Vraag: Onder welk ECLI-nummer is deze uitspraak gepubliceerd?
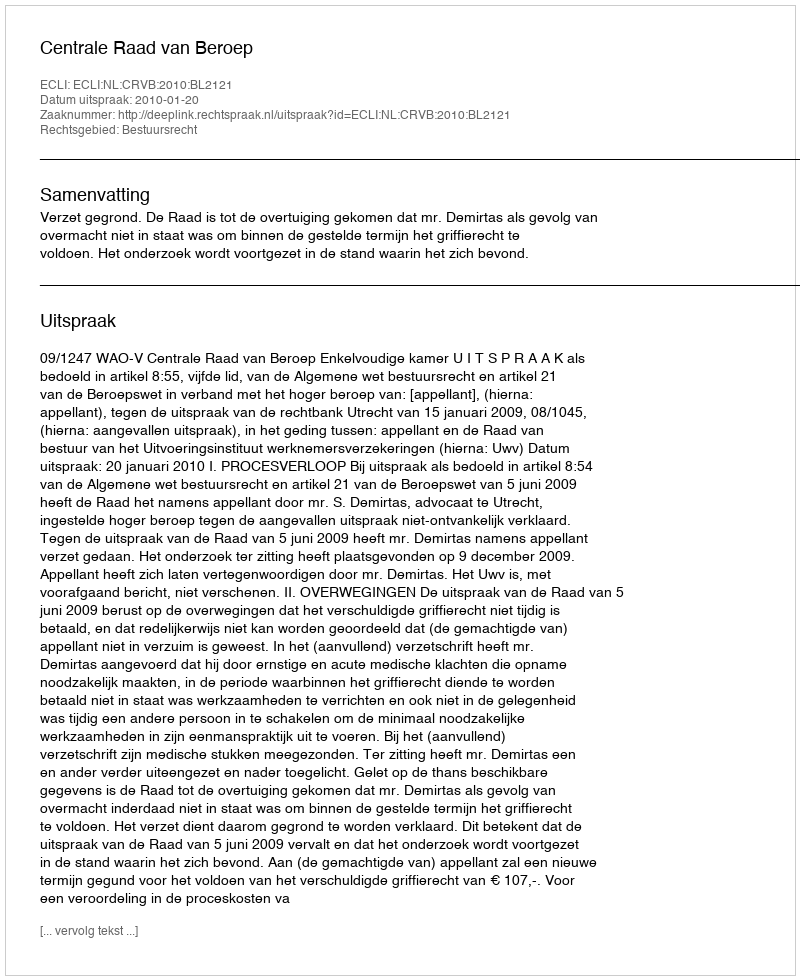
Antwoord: ECLI:NL:CRVB:2010:BL2121